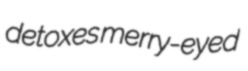
detoxes merry-eyed